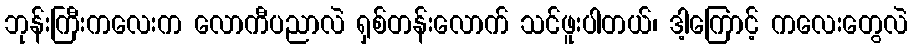
ဘုန်းကြီးကလေးက လောကီပညာလဲ ရှစ်တန်းလောက် သင်ဖူးပါတယ်၊ ဒါ့ကြောင့် ကလေးတွေလဲ